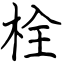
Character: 栓